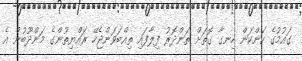
ގައުމުގެ ކަންކަން ހިނގާ ގޮތަށް ތަންދޮރު ފިލާފައި ތިއްބަވަންޖެހޭ ރައްޔިތުންގެ މަންދޫބުން އެ